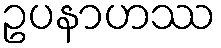
ဥပနာဟဿ